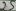
Text: 15